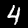
Digit: 4